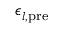
\epsilon _ { l , \mathrm { p r e } }